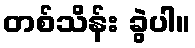
တစ်သိန်း ခွဲပါ။